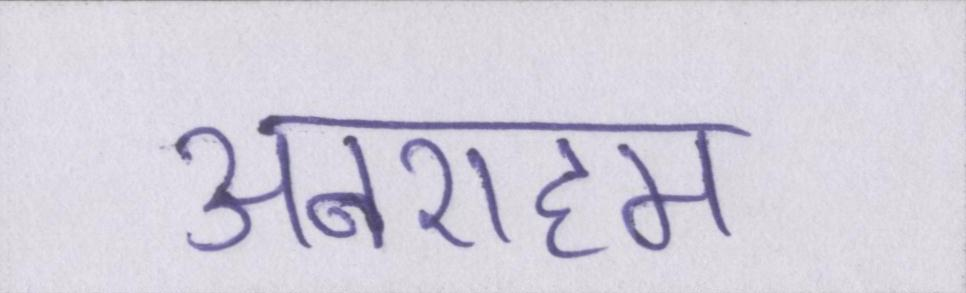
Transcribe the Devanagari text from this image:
अबराहम